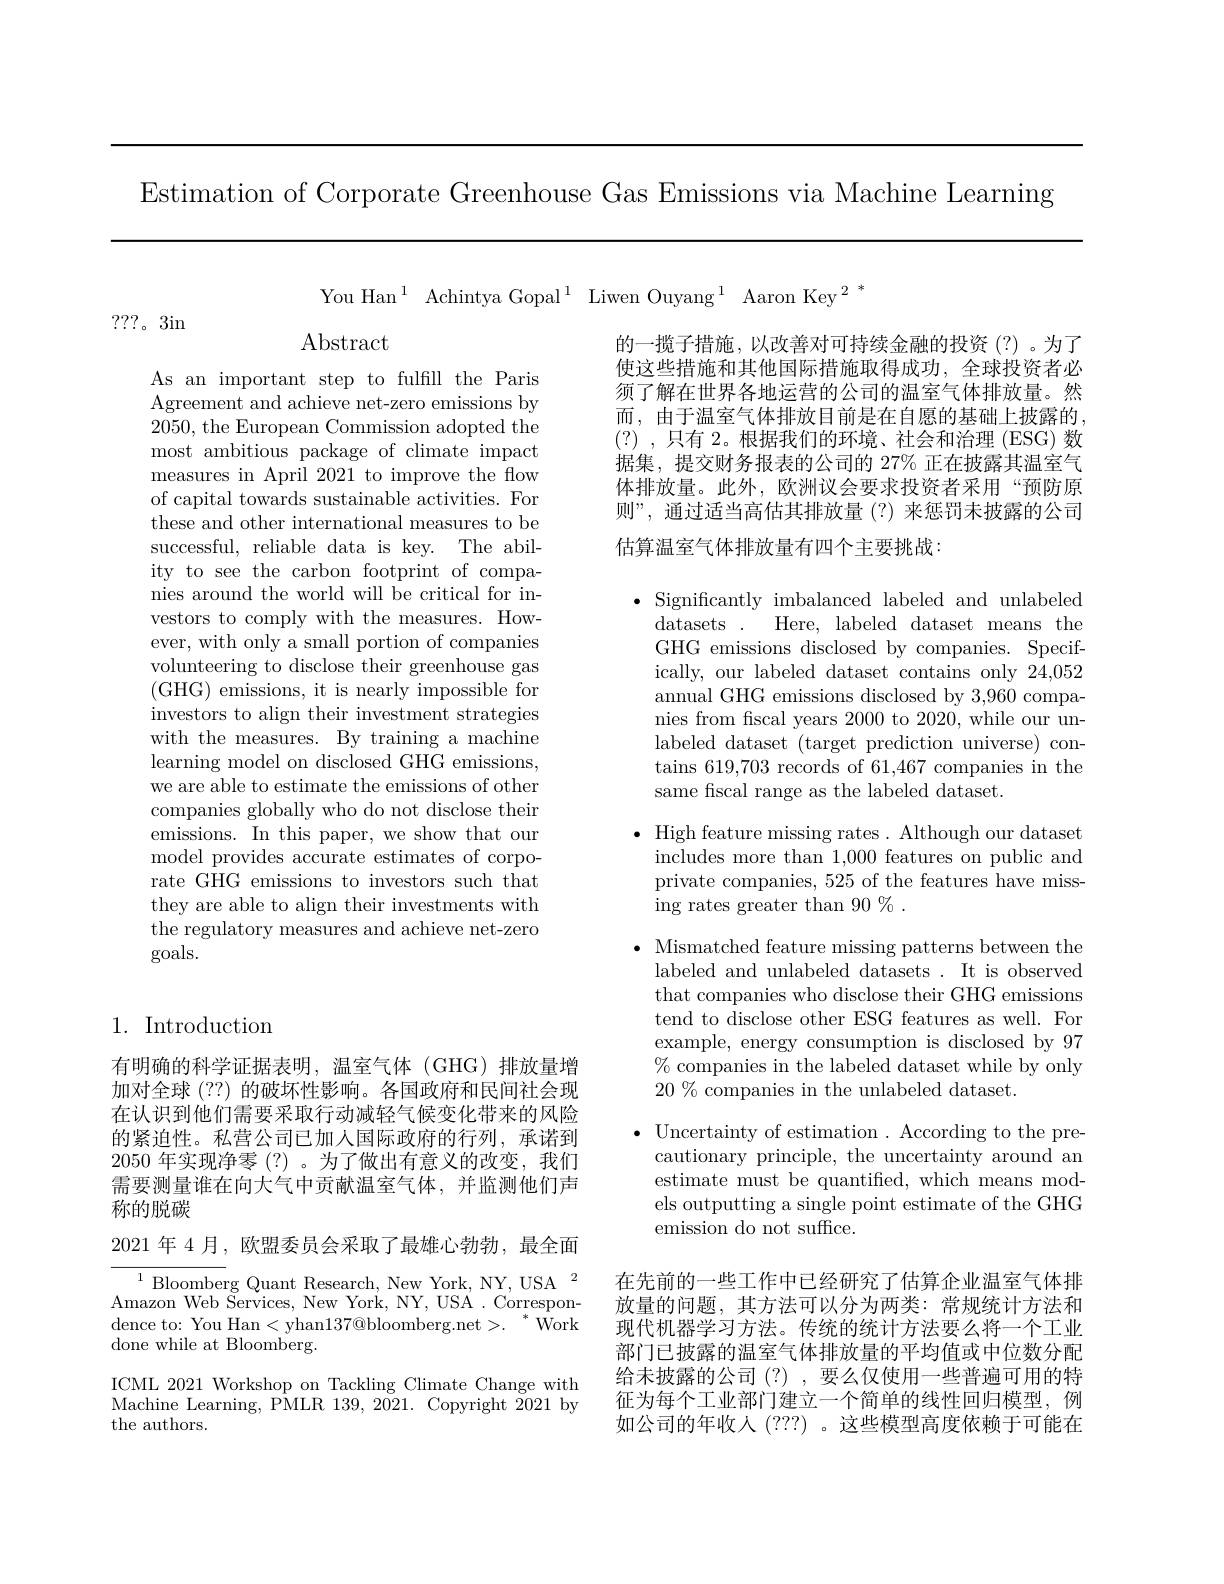
Estimation of Corporate Greenhouse Gas Emissions via Machine Learning

You Han$^1$ Achintya Gopal$^1$ Liwen Ouyang$^1\text{ Aaron Key}^2^*$

???。3in

$\operatorname{Abstract}$

的一揽子措施，以改善对可持续金融的投资(?)。为了使这些措施和其他国际措施取得成功，全球投资者必须了解在世界各地运营的公司的温室气体排放量。然而，由于温室气体排放目前是在自愿的基础上披露的， (?) , 只 有 2。根 据 我 们 的 环 境 、 社 会 和 治 理 ( ESG) 数 据集，提交财务报表的公司的 27% 正在披露其温室气体排放量。此外，欧洲议会要求投资者采用“预防原则”, 通过适当高估其排放量(?) 来惩罚未披露的公司估算温室气体排放量有四个主要挑战：

As an important step to fulfill the Paris Agreement and achieve net-zero emissions by 2050, the European Commission adopted the most ambitious package of climate impact measures in April 2021 to improve the flow of capital towards sustainable activities. For these and other international measures to be successful, reliable data is key. The ability to see the carbon footprint of companies around the world will be critical for investors to comply with the measures. However, with only a small portion of companies volunteering to disclose their greenhouse gas (GHG) emissions, it is nearly impossible for investors to align their investment strategies with the measures. By training a machine learning model on disclosed GHG emissions, we are able to estimate the emissions of other companies globally who do not disclose their emissions. In this paper, we show that our model provides accurate estimates of corporate GHG emissions to investors such that they are able to align their investments with the regulatory measures and achieve net-zero goals.

$\bullet$ Significantly imbalanced labeled and unlabeled
datasets. Here, labeled dataset means the GHG emissions disclosed by companies. Specifically, our labeled dataset contains only 24,052 annual GHG emissions disclosed by 3,960 companies from fiscal years 2000 to 2020, while our unlabeled dataset (target prediction universe) contains 619,703 records of 61,467 companies in the same fscal range as the labeled dataset.

$\bullet$ High feature missing rates. Although our dataset
includes more than 1,000 features on public and private companies, 525 of the features have missing rates greater than 90 % .

$\bullet$ Mismatched feature missing patterns between the
labeled and unlabeled datasets . It is observed that companies who disclose their GHG emissions tend to disclose other ESG features as well. For example, energy consumption is disclosed by 97 $\%$ companies in the labeled dataset while by only $20\%$companies in the unlabeled dataset.

## 1. Introduction

有明确的科学证据表明，温室气体(GHG)排放量增加对全球 (??) 的破坏性影响。各国政府和民间社会现在认识到他们需要采取行动减轻气候变化带来的风险的紧迫性。私营公司已加入国际政府的行列，承诺到2050 年实现净零(?) 。为了做出有意义的改变，我们需要测量谁在向大气中贡献温室气体，并监测他们声称的脱碳

$\bullet$ Uncertainty of estimation. According to the pre-
cautionary principle, the uncertainty around an estimate must be quantified, which means models outputting a single point estimate of the GHG emission do not suffice.

2021 年 4 月，欧盟委员会采取了最雄心勃勃，最全面

${\overline{{^{1}}}}{\mathrm{Bloomber}}$g Quant Research, New York, NY, USA${}^{2}$ Amazon Web Services, New York, NY, USA. Correspondence to: You Han<yhan$137@$bloomberg.net$>.{}^*$Work done while at Bloomberg.

在先前的一些工作中已经研究了估算企业温室气体排放量的问题，其方法可以分为两类：常规统计方法和现代机器学习方法。传统的统计方法要么将一个工业部门已披露的温室气体排放量的平均值或中位数分配给未披露的公司(?),要么仅使用一些普遍可用的特征为每个工业部门建立一个简单的线性回归模型，例如公司的年收入 (???) 。这些模型高度依赖于可能在

ICML 2021 Workshop on Tackling Climate Change with Machine Learning, PMLR 139, 2021. Copyright 2021 by the authors.